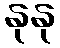
နုနု